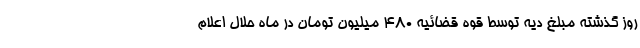
روز گذشته مبلغ دیه توسط قوه قضائیه ۴۸۰ میلیون تومان در ماه حلال اعلام